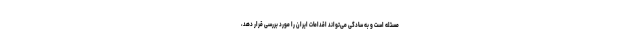
مسئله است و به سادگی می‌تواند اقدامات ایران را مورد بررسی قرار دهد،